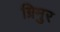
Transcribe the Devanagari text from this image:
ग्रिमुर